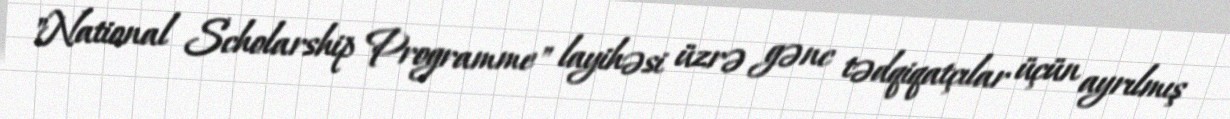
"National Scholarship Programme" layihəsi üzrə gənc tədqiqatçılar üçün ayrılmış